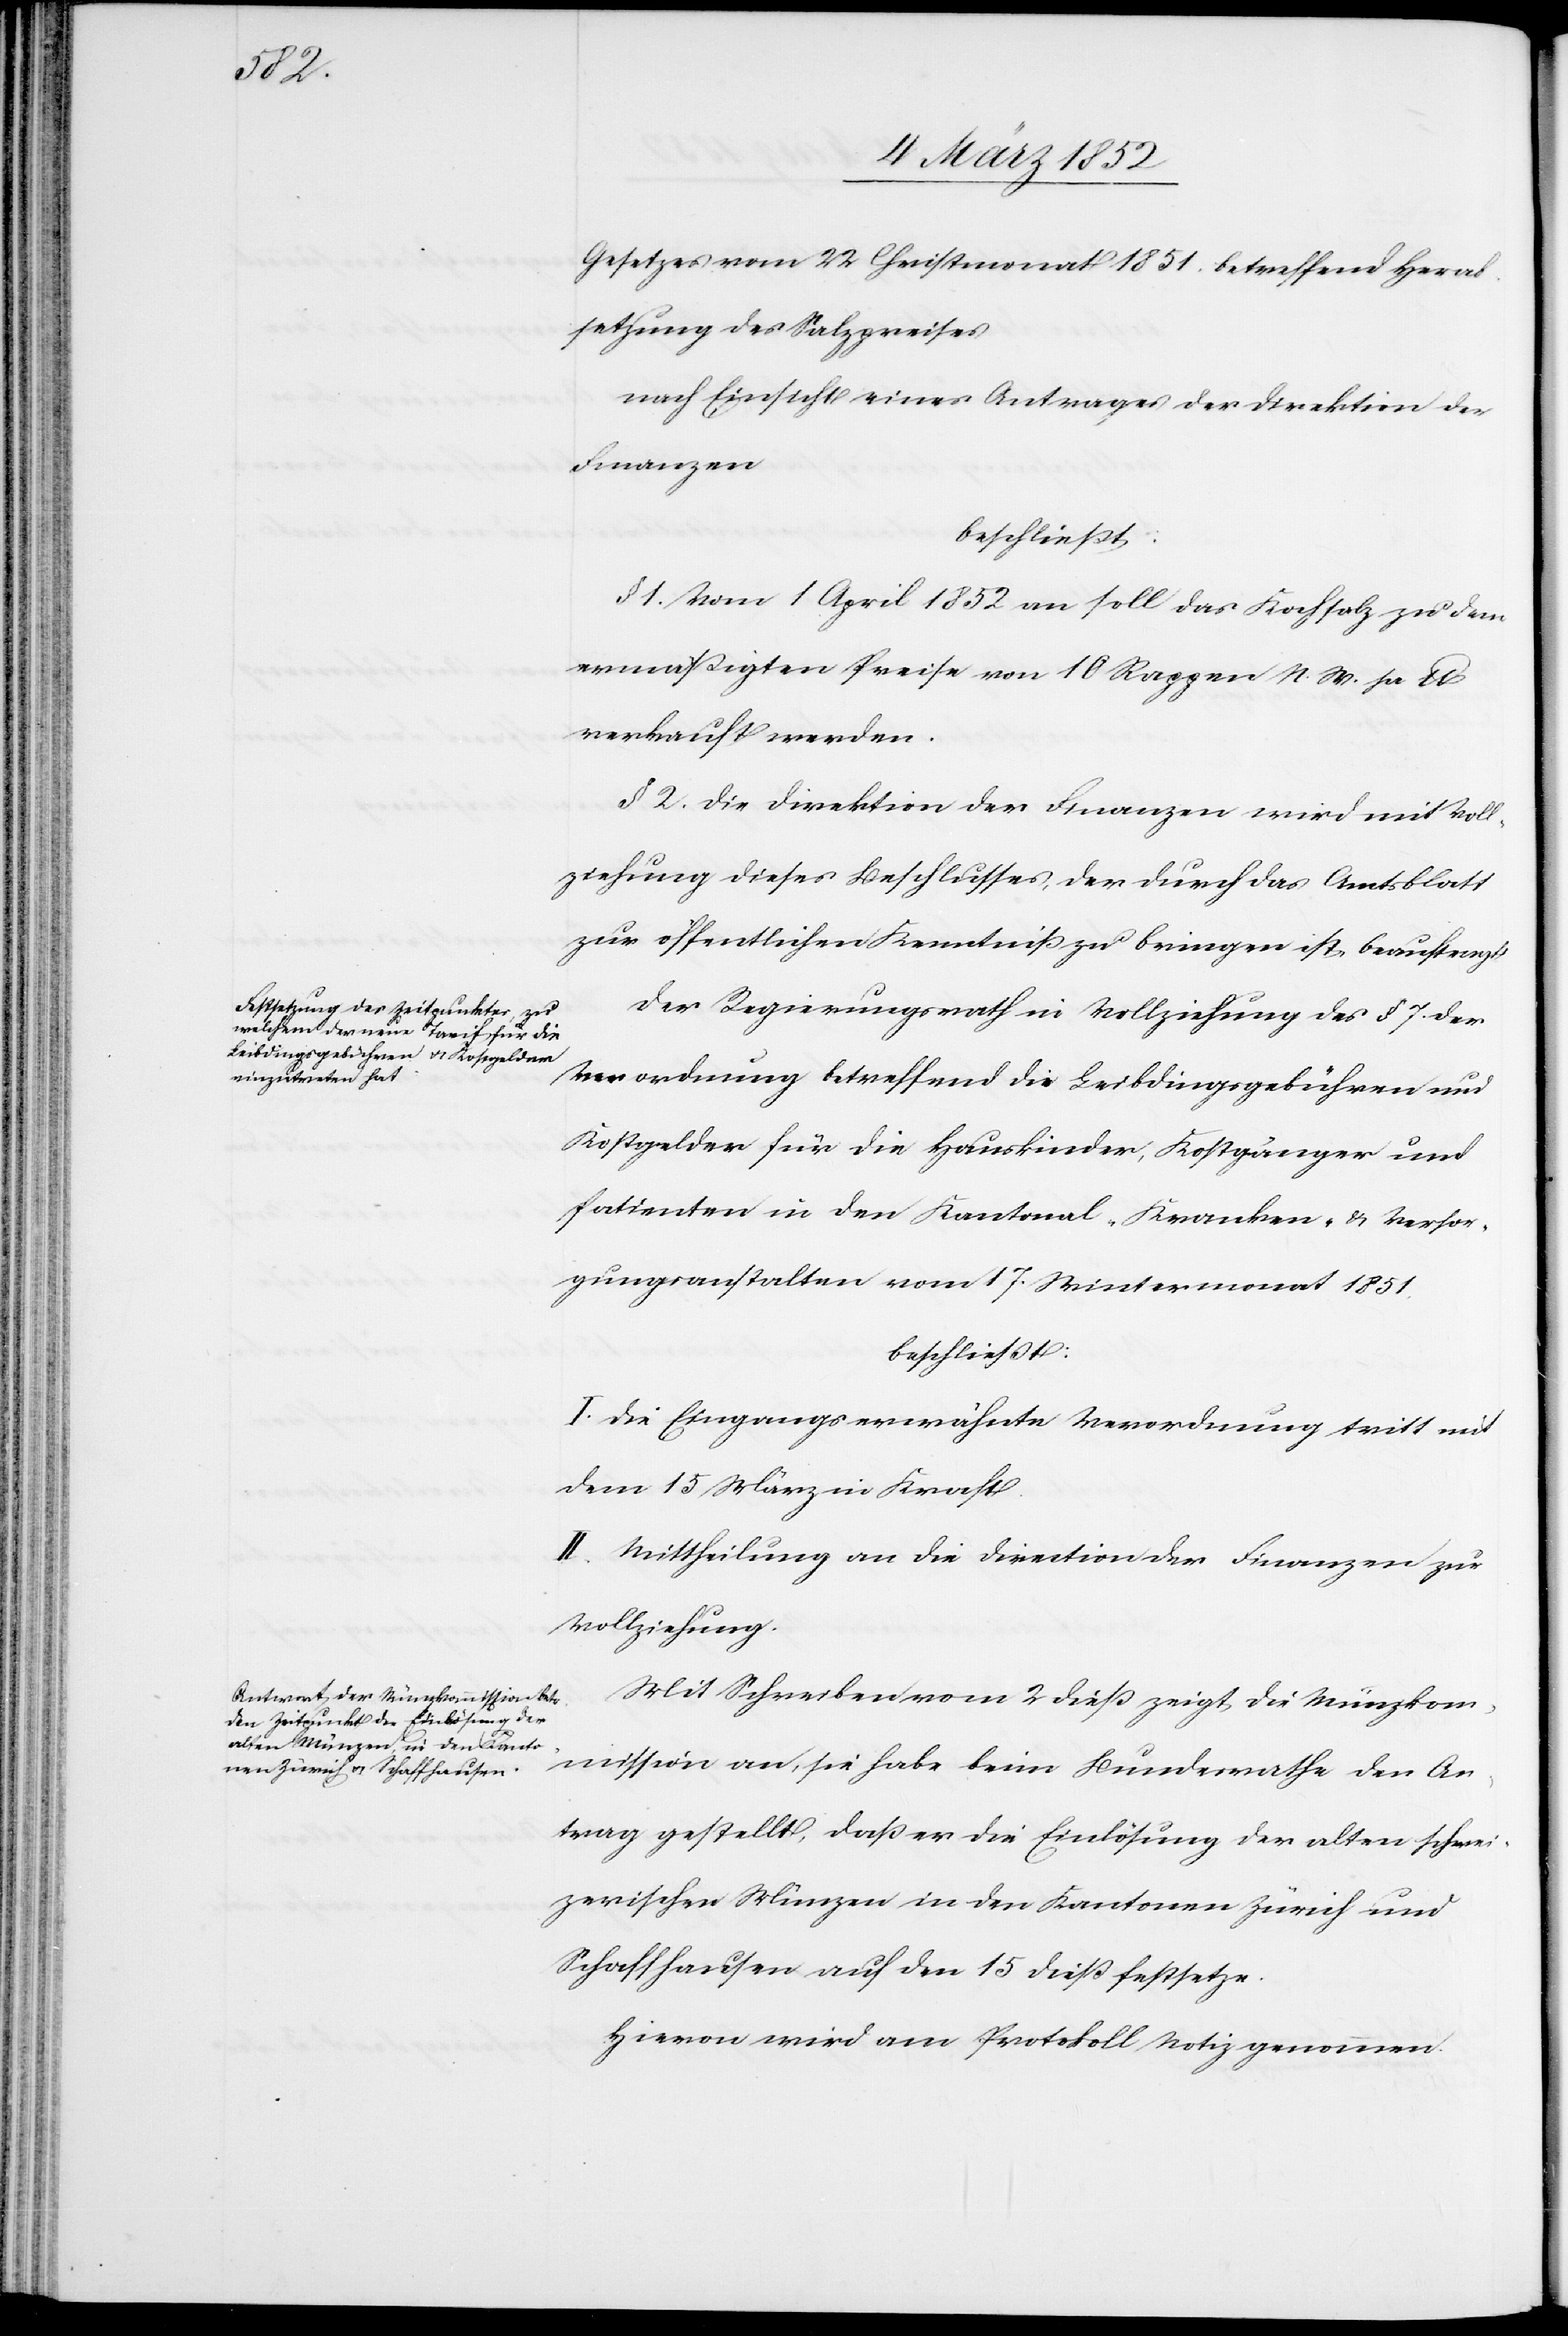
Gesetzes vom 22 Christmonat 1851 betreffend Herab¬
setzung des Salzpreises
nach Einsicht eines Antrages der Direktion der
Finanzen
beschließt:
§ 1. Vom 1 April 1852 an soll das Kochsalz zu dem
ermäßigten Preise von 10 Rappen N. W. pr lb
verkauft werden.
§ 2. Die Direktion der Finanzen wird mit Voll¬
ziehung dieses Beschlusses, der durch das Amtsblatt
zur öffentlichen Kenntniß zu bringen ist, beauftragt.
Der Regierungsrath in Vollziehung des § 7. der
Verordnung betreffend die Leibdingsgebühren und
Kostgelder für die Hauskinder, Kostgänger und
Patienten in den Kantonal-Kranken- u. Versor¬
gungsanstalten vom 17. Wintermonat 1851.
beschließt:
I. Die Eingangs erwähnte Verordnung tritt mit
dem 15 März in Kraft.
II. Mittheilung an die Direction der Finanzen zur
Vollziehung.
Mit Schreiben vom 2 dieß zeigt die Münzkom¬
mission an, sie habe beim Bundesrathe den An¬
trage gestellt, daß er die Einlösung der alten schwei¬
zerischen Münzen in den Kantonen Zürich und
Schaffhausen auf den 15 dieß festsetze.
Hievon wird am Protokoll Notiz genommen.